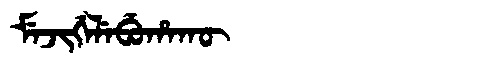
Manchu: ᠮᡝᠵᡳᡤᡝᠯᡝᠪᡠᡥᠠᡴᡡ
Romanization: MEJIGELEBUHAKŪ